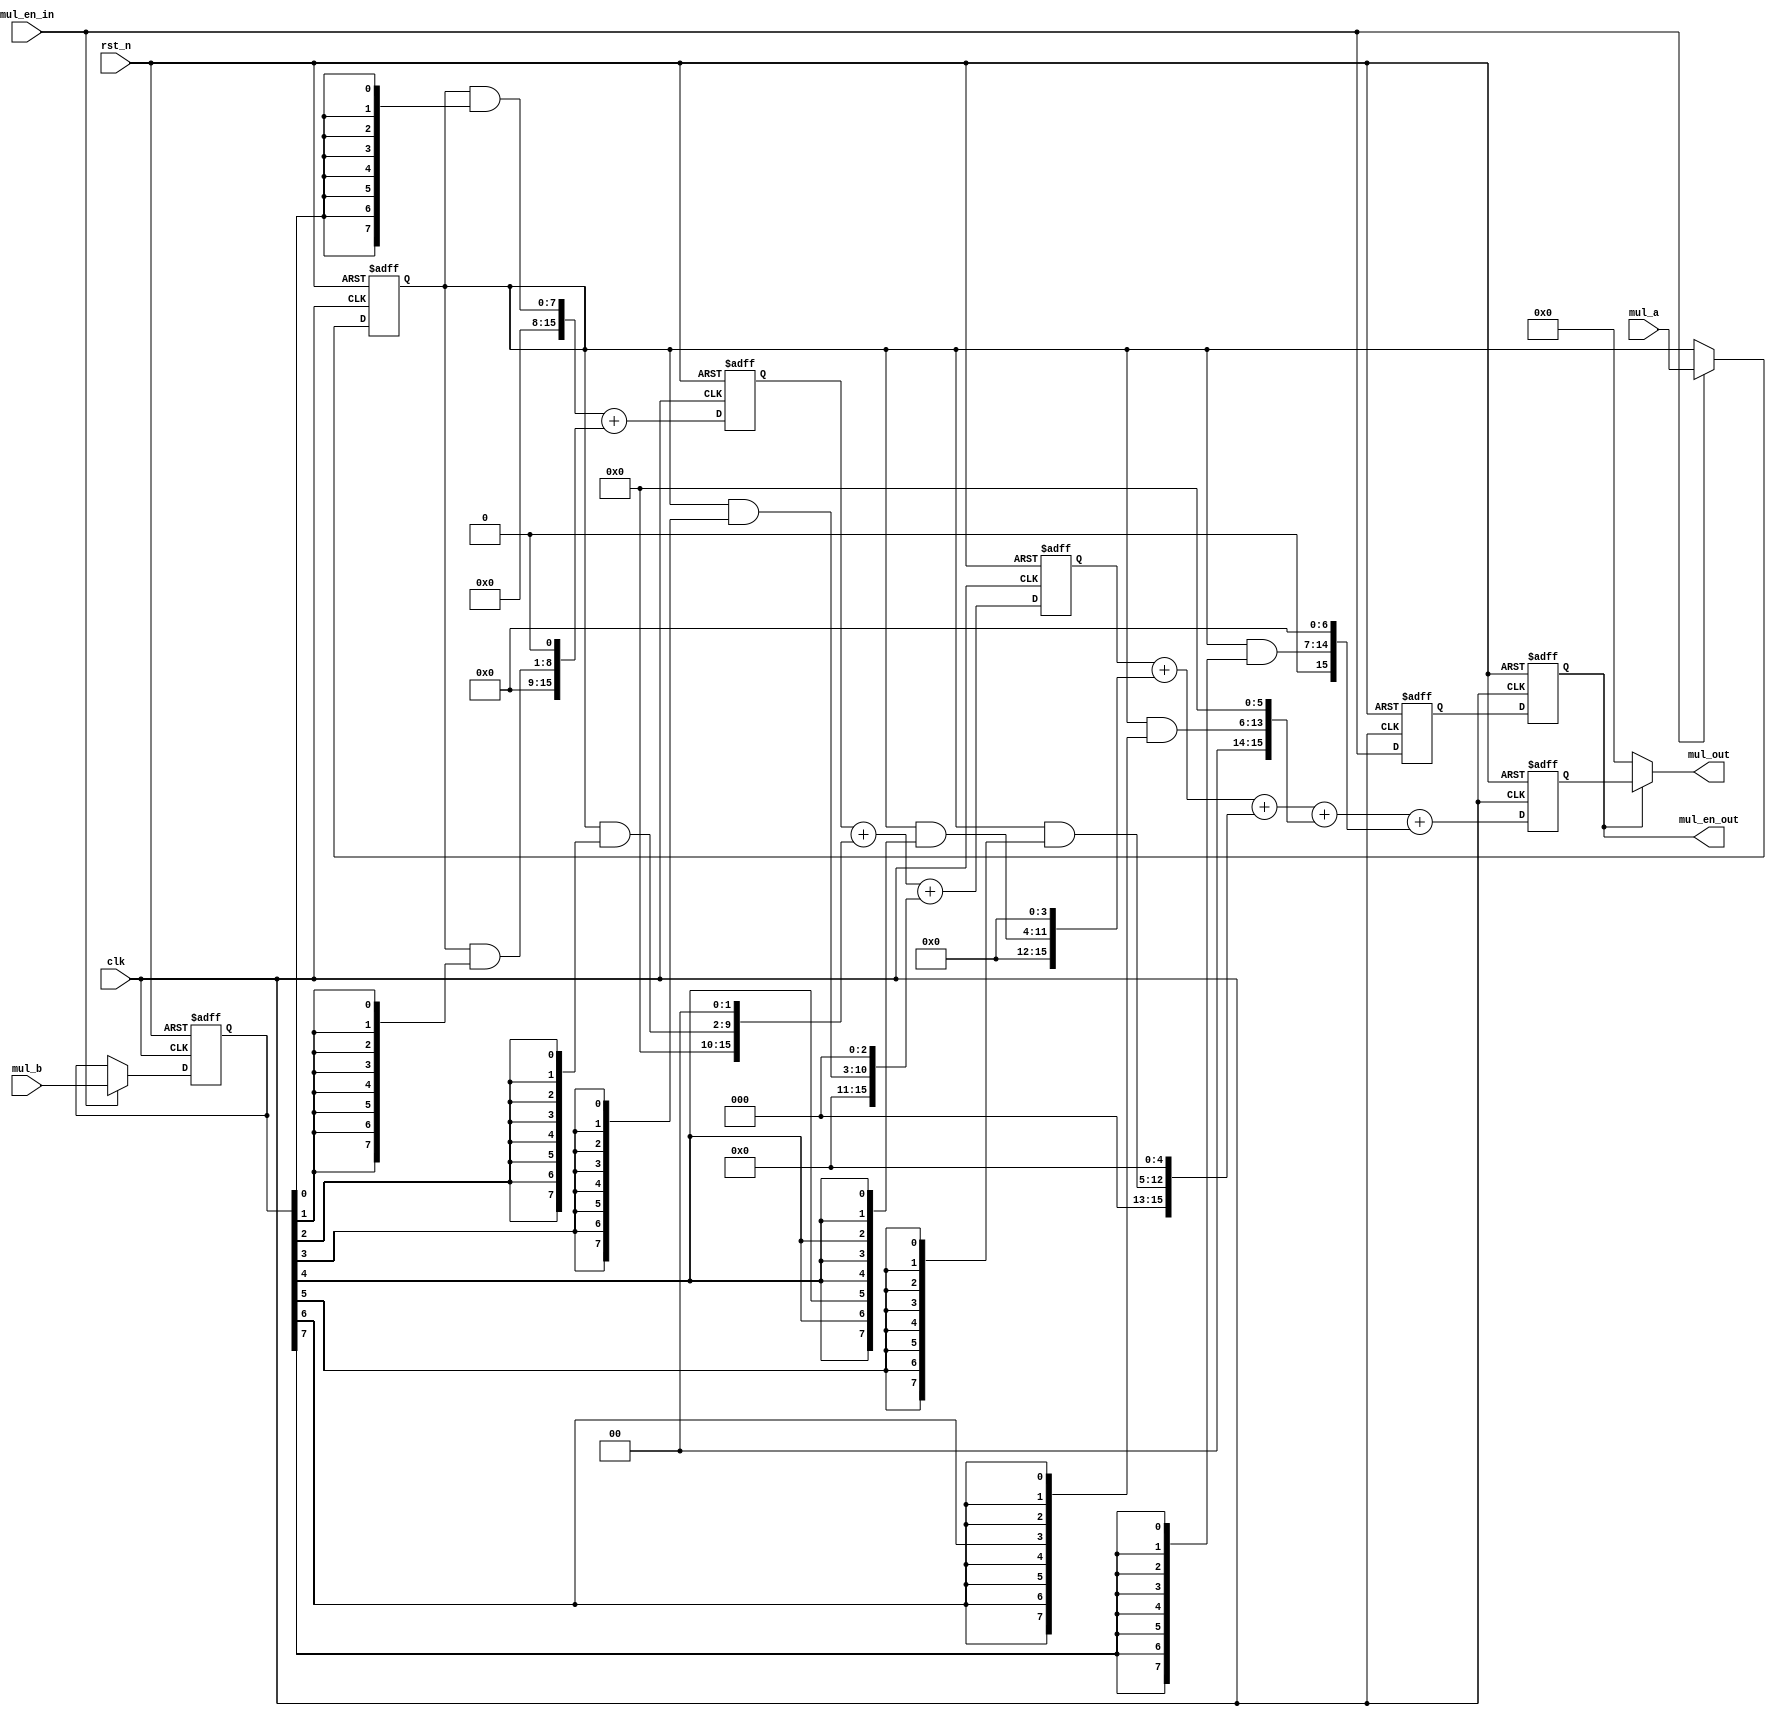
module multi_pipe_8bit (
    input          clk,
    input          rst_n,
    input          mul_en_in,
    input  [7:0]   mul_a,
    input  [7:0]   mul_b,
    output         mul_en_out,
    output [15:0]  mul_out
);

    reg [15:0] pipeline [2:0]; // 3-stage pipeline for partial products sum
    reg [7:0]  mul_a_reg, mul_b_reg; // Input registers
    reg        mul_en_in_reg, mul_en_out_reg; // Enable registers

    wire [15:0] partial_product [7:0]; // Array to hold partial products

    // Generate partial products
    genvar i;
    generate
        for (i = 0; i < 8; i = i + 1) begin : gen_partial_products
            assign partial_product[i] = mul_a_reg & {8{mul_b_reg[i]}};
        end
    endgenerate

    // Pipeline stages logic
    always @(posedge clk or negedge rst_n) begin
        if (~rst_n) begin
            mul_a_reg       <= 0;
            mul_b_reg       <= 0;
            mul_en_in_reg   <= 0;
            mul_en_out_reg  <= 0;
            pipeline[0]     <= 0;
            pipeline[1]     <= 0;
            pipeline[2]     <= 0;
        end else begin
            // Input registers update
            if (mul_en_in) begin
                mul_a_reg     <= mul_a;
                mul_b_reg     <= mul_b;
            end

            // Enable signal pipeline update
            mul_en_in_reg   <= mul_en_in; // Register input enable
            mul_en_out_reg  <= mul_en_in_reg; // Register output enable

            // First pipeline stage
            pipeline[0]     <= partial_product[0] + (partial_product[1] << 1);

            // Second pipeline stage
            pipeline[1]     <= pipeline[0] + (partial_product[2] << 2) + (partial_product[3] << 3);

            // Third pipeline stage, final sum
            pipeline[2]     <= pipeline[1] + (partial_product[4] << 4) + (partial_product[5] << 5) +
                               (partial_product[6] << 6) + (partial_product[7] << 7);
        end
    end

    // Output assignment
    assign mul_out = (mul_en_out_reg) ? pipeline[2] : 16'd0;
    assign mul_en_out = mul_en_out_reg;

endmodule